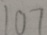
1 0 7